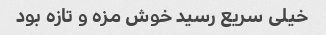
خیلی سریع رسید خوش مزه و تازه بود